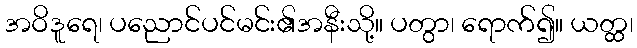
အဝိဒူရေ၊ ပညောင်ပင်မင်း၏အနီးသို့။ ပတွာ၊ ရောက်၍။ ယတ္ထ၊